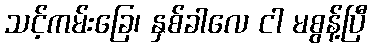
သင့်ကမ်းခြေ၊ နှစ်ခါလေ ငါ မစွန့်ပြီ